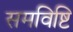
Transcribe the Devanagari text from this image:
समविष्टि